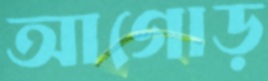
আগোড়